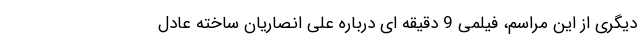
دیگری از این مراسم، فیلمی 9 دقیقه ای درباره علی انصاریان ساخته عادل